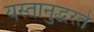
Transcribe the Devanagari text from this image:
यस्तानुद्धरते